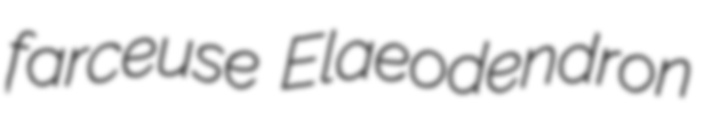
farceuse Elaeodendron